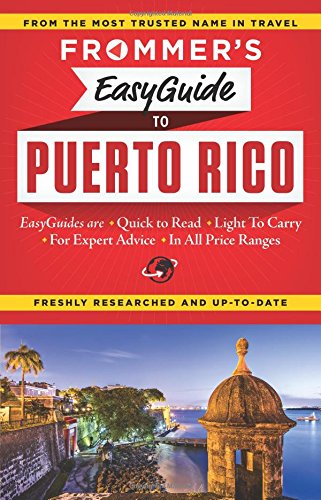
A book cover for Frommer's EasyGuide to Puerto Rico (Easy Guides); John Marino; Travel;